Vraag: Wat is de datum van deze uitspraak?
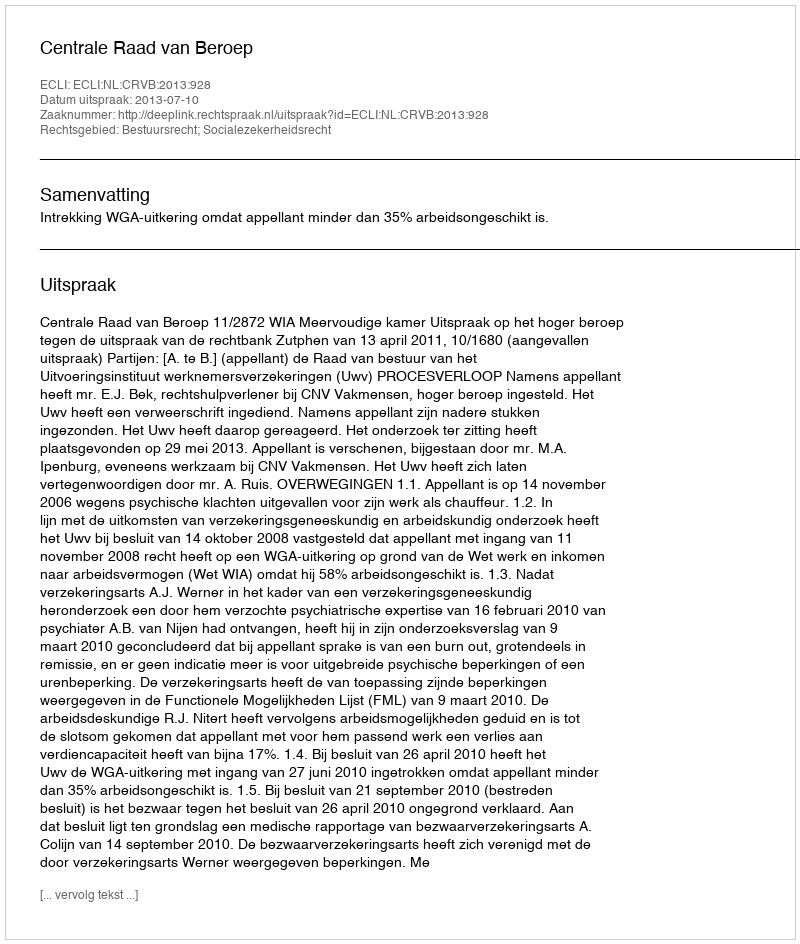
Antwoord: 2013-07-10